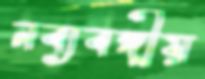
নব্যবঙ্গীয়